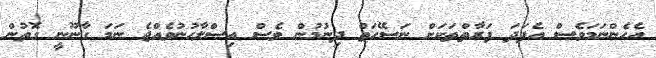
އެހެންނަމަވެސް އެފަދަ ފަރާތްތަކަށް ނަސޭހަތް ދިނުމުން ވެސް އިސްލާހުނުވެއްޖެ ނަމަ ގާނޫނީ ގޮތުން